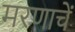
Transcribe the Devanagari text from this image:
मरणाचें